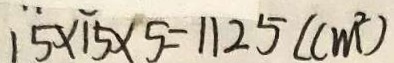
1 5 \times 1 5 \times 5 = 1 1 2 5 ( c m ^ { 2 } )